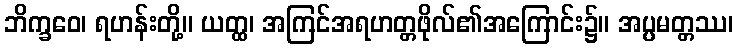
ဘိက္ခဝေ၊ ရဟန်းတို့။ ယတ္ထ၊ အကြင်အရဟတ္တဖိုလ်၏အကြောင်း၌။ အပ္ပမတ္တဿ၊